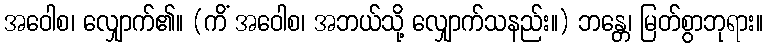
အဝေါစ၊ လျှောက်၏။ (ကိံ အဝေါစ၊ အဘယ်သို့ လျှောက်သနည်း။) ဘန္တေ၊ မြတ်စွာဘုရား။